Vaccination in Bombay 1869-1873 - 1869-1873
Year: 1869
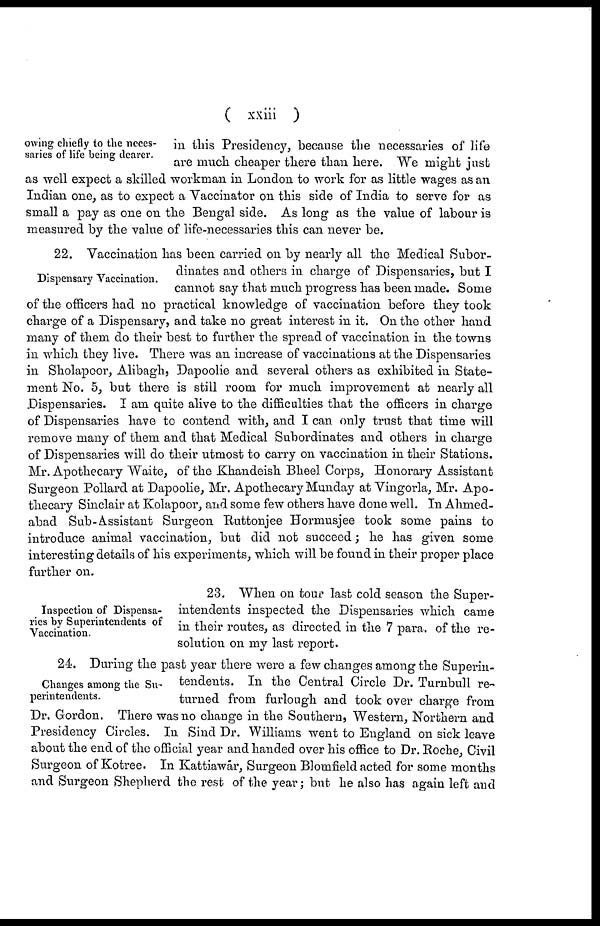
( xxiii )
owing chiefly to the neces-
saries of life being dearer.
in this Presidency, because the necessaries of life
are much cheaper there than here. We might just
as well expect a skilled workman in London to work for as little wages as an
Indian one, as to expect a Vaccinator on this side of India to serve for as
small a pay as one on the Bengal side. As long as the value of labour is
measured by the value of life-necessaries this can never be.
Dispensary Vaccination.
22. Vaccination has been carried on by nearly all the Medical Subor-
dinates and others in charge of Dispensaries, but I
cannot say that much progress has been made. Some
of the officers had no practical knowledge of vaccination before they took
charge of a Dispensary, and take no great interest in it. On the other hand
many of them do their best to further the spread of vaccination in the towns
in which they live. There was an increase of vaccinations at the Dispensaries
in Sholapoor, Alibagh, Dapoolie and several others as exhibited in State-
ment No. 5, but there is still room for much improvement at nearly all
Dispensaries. I am quite alive to the difficulties that the officers in charge
of Dispensaries have to contend with, and I can only trust that time will
remove many of them and that Medical Subordinates and others in charge
of Dispensaries will do their utmost to carry on vaccination in their Stations.
Mr. Apothecary Waite, of the Khandeish Bheel Corps, Honorary Assistant
Surgeon Pollard at Dapoolie, Mr. Apothecary Munday at Vingorla, Mr. Apo-
thecary Sinclair at Kolapoor, and some few others have done well. In Ahmed-
abad Sub-Assistant Surgeon Ruttonjee Hormusjee took some pains to
introduce animal vaccination, but did not succeed; he has given some
interesting details of his experiments, which will be found in their proper place
further on.
Inspection of Dispensa-
ries by Superintendents of
Vaccination.
23. When on tour last cold season the Super-
intendents inspected the Dispensaries which came
in their routes, as directed in the 7 para. of the re-
solution on my last report.
Changes among the Su-
perintendents.
24. During the past year there were a few changes among the Superin-
tendents. In the Central Circle Dr. Turnbull re-
turned from furlough and took over charge from
Dr. Gordon. There was no change in the Southern, Western, Northern and
Presidency Circles. In Sind Dr. Williams went to England on sick leave
about the end of the official year and handed over his office to Dr. Roche, Civil
Surgeon of Kotree. In Kattiawar, Surgeon Blomfield acted for some months
and Surgeon Shepherd the rest of the year; but he also has again left and